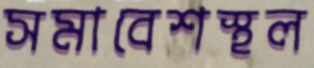
সমাবেশস্থল